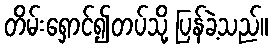
တိမ်းရှောင်၍တပ်သို့ ပြန်ခဲ့သည်။